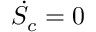
{ \dot { S } } _ { c } = 0